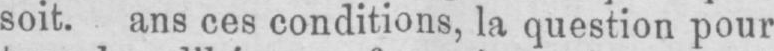
soit. ans ces conditions, la question pour